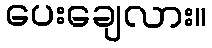
ပေးချေလား။